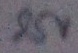
Text: 25V